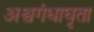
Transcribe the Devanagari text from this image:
अश्वगंधाघृता